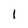
Character: 1